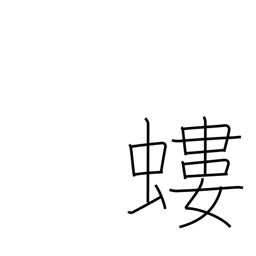
Meaning: mole cricket